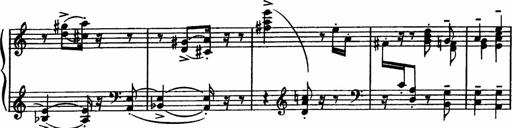
Title: Sonatilla
Composer: Mortimer Wilson
Key: C major